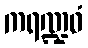
ကရဏ္ဍဝံ